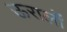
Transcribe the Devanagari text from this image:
ऊरालों